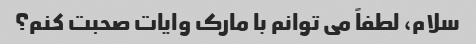
سلام، لطفاً می توانم با مارک وایات صحبت کنم؟